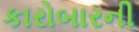
કારોબારની